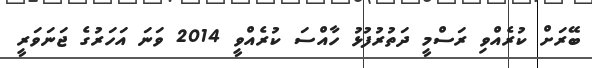
ބޭރަށް ކުރެއްވި ރަސްމީ ދަތުރުފުޅު ހާއްސަ ކުރެއްވީ 2014 ވަނަ އަހަރުގެ ޖަނަވަރީ